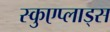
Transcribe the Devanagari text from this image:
स्कुएप्लाड्स